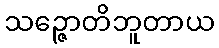
သဉ္ဇောတိဘူတာယ